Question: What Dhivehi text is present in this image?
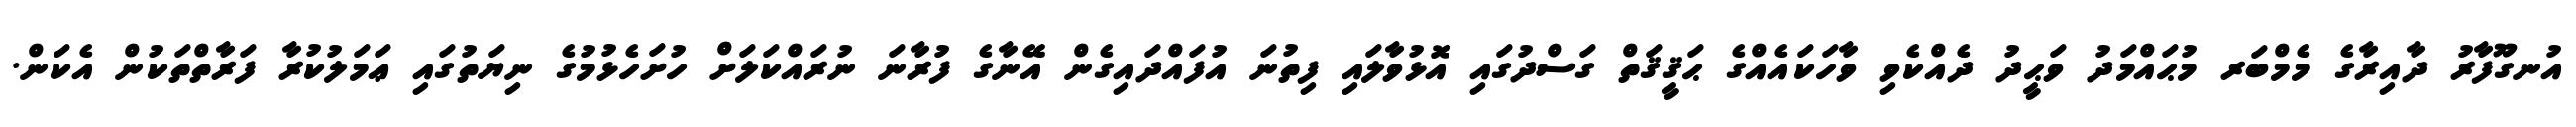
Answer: އުނގޫފާރު ދާއިރާގެ މެމްބަރ މުޙައްމަދު ވަޙީދު ދެއްކެވި ވާހަކައެއްގެ ޙަޤީޤަތް ގަސްދުގައި އޮޅުވާލައި ފިތުނަ އުފައްދައިގެން އޭނާގެ ފުރާނަ ނުރައްކަލަށް ހުށަހެޅުމުގެ ނިޔަތުގައި ޢަމަލުކުރާ ފަރާތްތަކުން އެކަން.